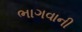
ભાગવાની